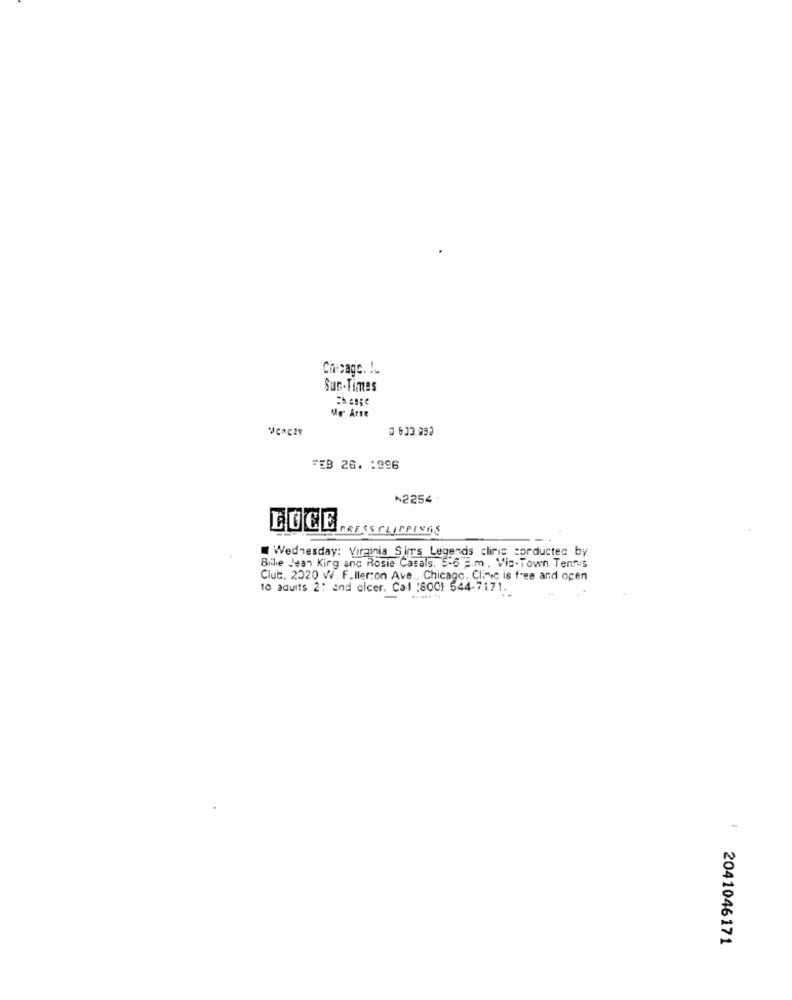
Chicago. !.
Sun-Times
Ch.esge
Ne Arse
D 633.852
FEB 26. 1996
₦2254
LUCE
PRESS CLIPPINGS
Wednesday: Virginia Sims Legends clinic sorducted by
Billie Jean Kirg and Rosie Casals, 5-6 F.m . Via- Town Tentes
Club. 2020 W. F.ller:on Ave ., Chicago. Clinic is free and open
10 adults 2: and olcer. Cal (800) 544-7171.
1
2041046171